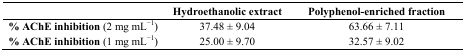
|  | Hydroethanolic extract | Polyphenol-enriched fraction |
 | --- | --- | --- |
 | % AChE inhibition (2 mg mL−1) | 37.48 ± 9.04 | 63.66 ± 7.11 |
 | % AChE inhibition (1 mg mL−1) | 25.00 ± 9.70 | 32.57 ± 9.02 |